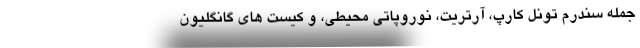
جمله سندرم تونل کارپ، آرتریت، نوروپاتی محیطی، و کیست های گانگلیون